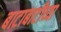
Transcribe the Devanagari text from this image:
बाटाबाटीच्या